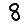
Digit: 8